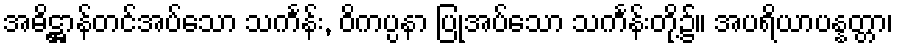
အဓိဋ္ဌာန်တင်အပ်သော သင်္ကန်း, ဝိကပ္ပနာ ပြုအပ်သော သင်္ကန်းတို့၌။ အပရိယာပန္နတ္တာ၊